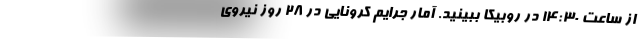
از ساعت 14:30 در روبیکا ببینید. آمار جرایم کرونایی در ۲۸ روز نیروی